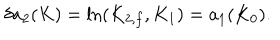
LaTeX: \delta a _ { 2 } ( K ) = \mathrm { l n } ( K _ { 2 , f } , K _ { 1 } ) = a _ { 1 } ( K _ { 0 } ) .